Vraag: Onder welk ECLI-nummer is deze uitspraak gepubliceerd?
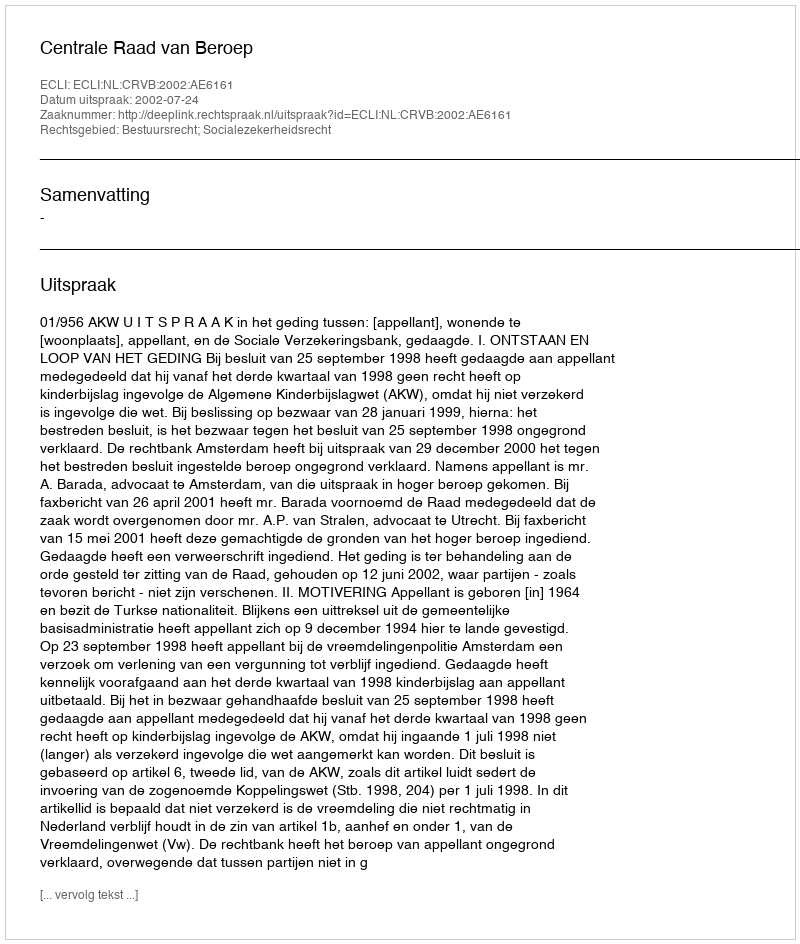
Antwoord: ECLI:NL:CRVB:2002:AE6161